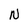
Character: N